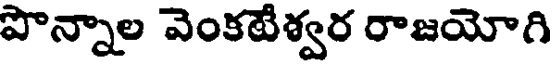
పొన్నాల వెంకటేశ్వర రాజయోగి